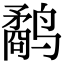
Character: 鹬